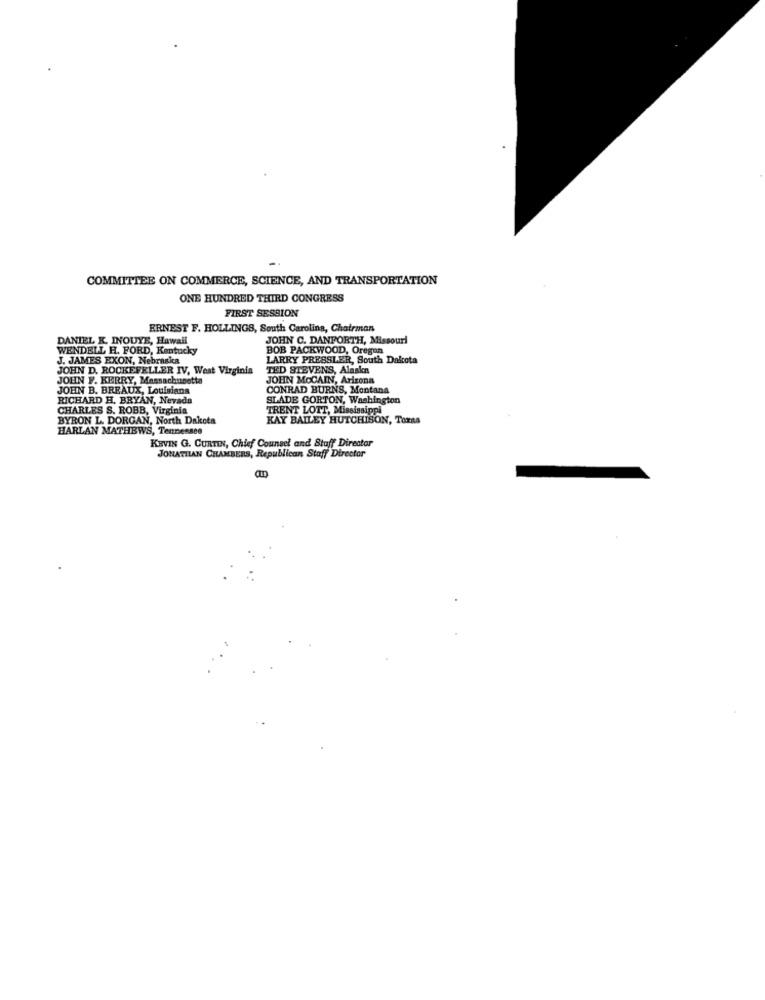
COMMITTEE ON COMMERCE, SCIENCE, AND TRANSPORTATION
ONE HUNDRED THIRD CONGRESS
FIRST SESSION
ERNEST F. HOLLINGS, South Carolina, Chairman
DANIEL K. INOUYE, Hawall
JOHN C. DANFORTH, Missouri
WENDELL H. FORD, Kentucky
BOB PACKWOOD, Oregon
J. JAMES EXON, Nebraska
LARRY PRESSLER, South Dakota
JOHN D. ROCKEFELLER IV, West Virginia
TED STEVENS, Alaska
JOHN F. KERRY, Massachusetts
JOHN MOCAIN, Arizona
JOHN B. BREAUX, Louisiana
CONRAD BURNS, Montana
RICHARD H. BRYAN, Nevada
SLADE GORTON, Washington
CHARLES S. ROBB, Virginia
TRENT LOTT, Mississippi
BYRON L. DORGAN, North Dakota
KAY BAILEY HUTCHISON, Taras
HARLAN MATHEWS, Tennessee
KEVIN G. CURTIN, Chief Counsel and Staff Director
JONATHAN CHAMBERS, Republican Staff Director